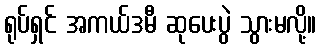
ရုပ်ရှင် အကယ်ဒမီ ဆုပေးပွဲ သွားမလို့။